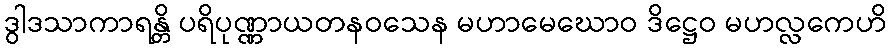
ဒွါဒသာကာရန္တိ ပရိပုဏ္ဏာယတနဝသေန မဟာမေဃောဝ ဒိဋ္ဌေဝ မဟလ္လကေဟိ